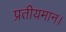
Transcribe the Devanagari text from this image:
प्रतीयमान।